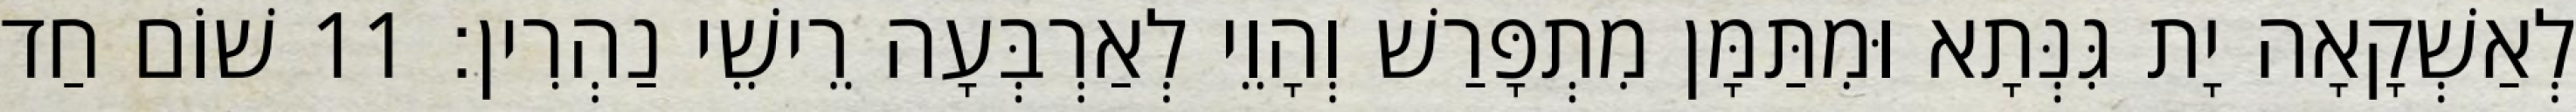
לְאַשְׁקָאָה יָת גִּנְּתָא וּמִתַּמָּן מִתְפָּרַשׁ וְהָוֵי לְאַרְבְּעָה רֵישֵׁי נַהְרִין׃ 11 שׁוֹם חַד